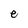
Character: e